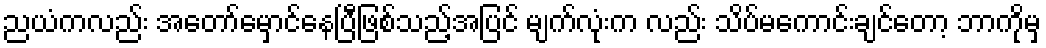
ညယံကလည်း အတော်မှောင်နေပြီဖြစ်သည့်အပြင် မျက်လုံးက လည်း သိပ်မကောင်းချင်တော့ ဘာကိုမှ